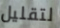
لتقليل